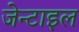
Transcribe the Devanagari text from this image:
जेन्टाइल